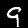
Digit: 9